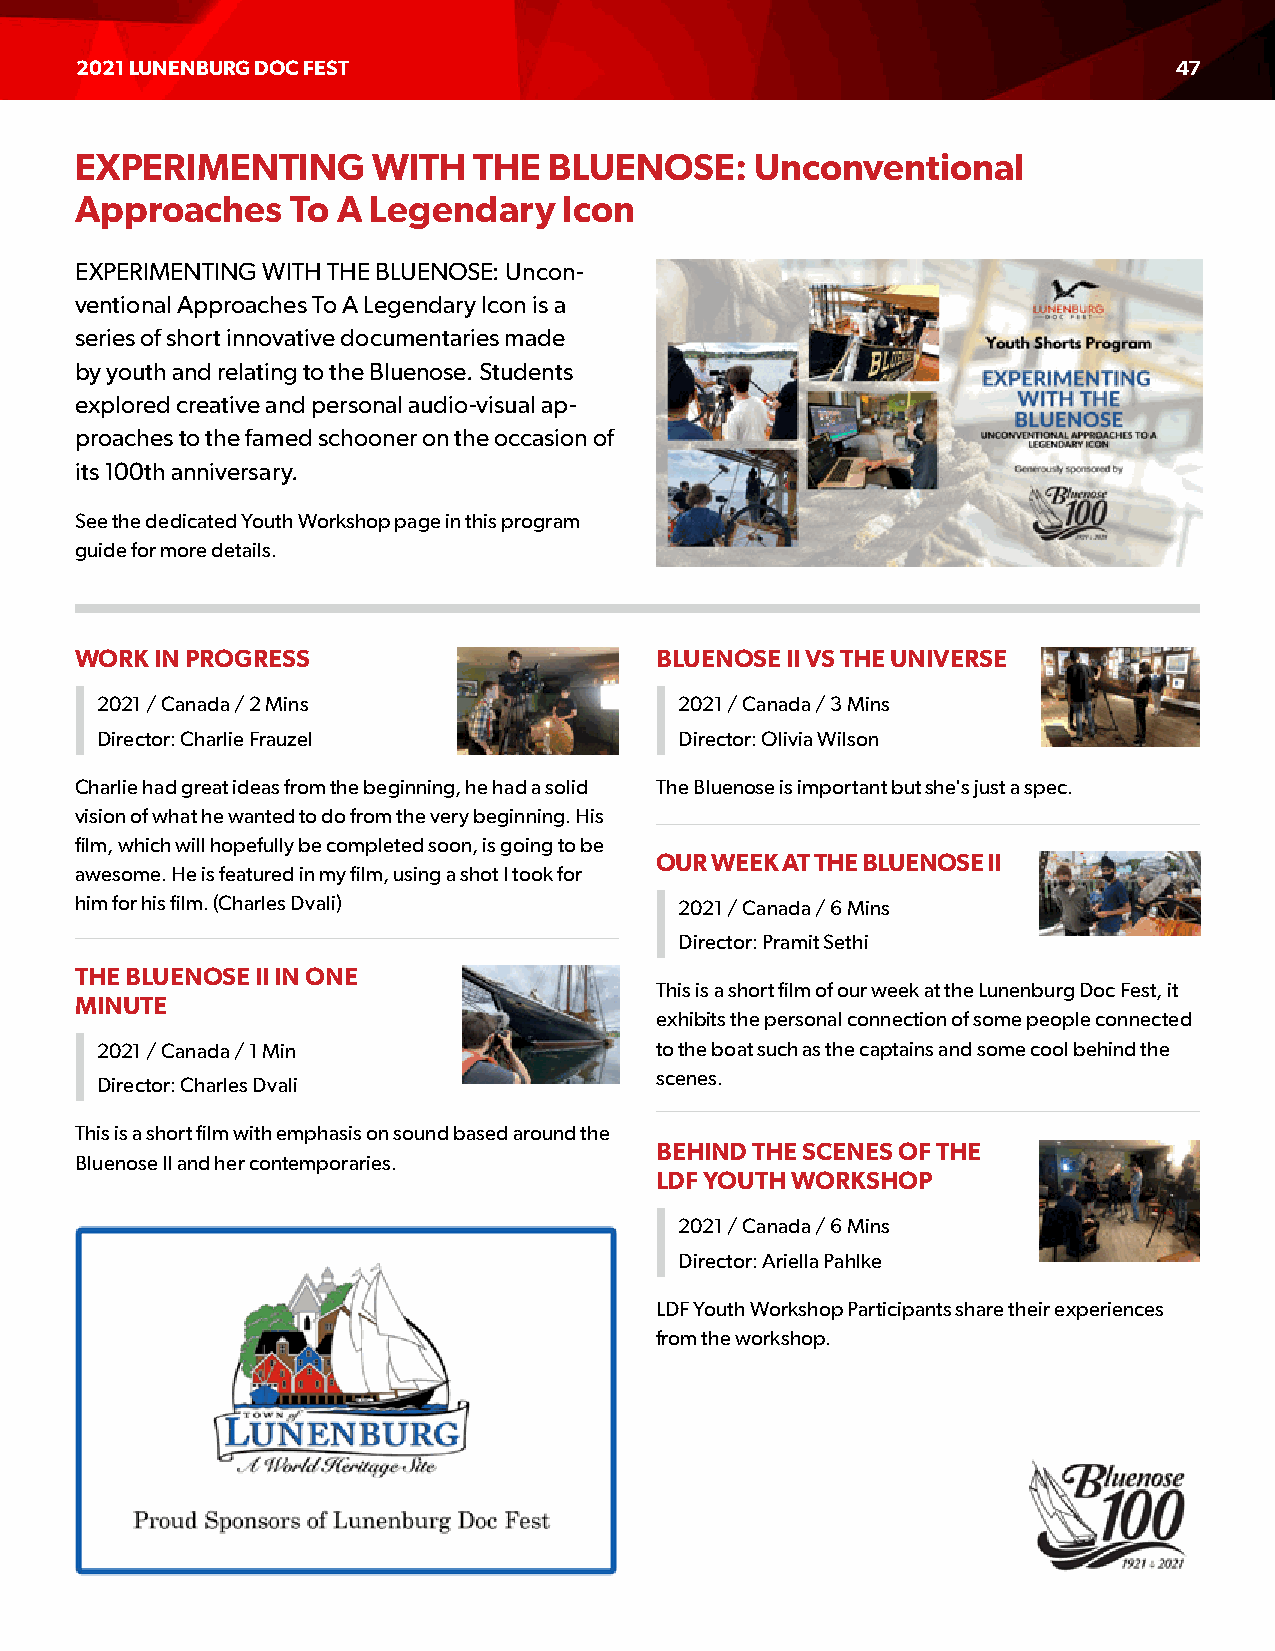
2021 LUNENBURG DOC FEST                                                  47
 EXPERIMENTING       WITH  THE  BLUENOSE:     Unconventional
 Approaches    To A Legendary    Icon
 EXPERIMENTING WITH THE BLUENOSE: Uncon-
 ventional Approaches To A Legendary Icon is a
 series of short innovative documentaries made
 by youth and relating to the Bluenose. Students
 explored creative and personal audio-visual ap-
 proaches to the famed schooner on the occasion of
 its 100th anniversary.
 See the dedicated Youth Workshop page in this program
 guide for more details.
 WORK IN PROGRESS                      BLUENOSE II VS THE UNIVERSE
 2021 / Canada / 2 Mins                 2021 / Canada / 3 Mins
 Director: Charlie Frauzel              Director: Olivia Wilson
 Charlie had great ideas from the beginning, he had a solid The Bluenose is important but she's just a spec.
 vision of what he wanted to do from the very beginning. His
 film, which will hopefully be completed soon, is going to be
 OUR WEEK AT THE BLUENOSE II
 awesome. He is featured in my film, using a shot I took for
 him for his film. (Charles Dvali)       2021 / Canada / 6 Mins
 Director: Pramit Sethi
 THE BLUENOSE II IN ONE
 This is a short film of our week at the Lunenburg Doc Fest, it
 MINUTE
 exhibits the personal connection of some people connected
 2021 / Canada / 1 Min                to the boat such as the captains and some cool behind the
 scenes.
 Director: Charles Dvali
 This is a short film with emphasis on sound based around the
 BEHIND THE SCENES OF THE
 Bluenose II and her contemporaries.
 LDF YOUTH WORKSHOP
 2021 / Canada / 6 Mins
 Director: Ariella Pahlke
 LDF Youth Workshop Participants share their experiences
 from the workshop.